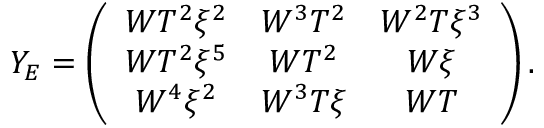
Y _ { E } = \left( \begin{array} { c c c } { { W T ^ { 2 } \xi ^ { 2 } } } & { { W ^ { 3 } T ^ { 2 } } } & { { W ^ { 2 } T \xi ^ { 3 } } } \\ { { W T ^ { 2 } \xi ^ { 5 } } } & { { W T ^ { 2 } } } & { { W \xi } } \\ { { W ^ { 4 } \xi ^ { 2 } } } & { { W ^ { 3 } T \xi } } & { { W T } } \end{array} \right) .